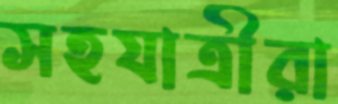
সহযাত্রীরা